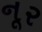
નૂર